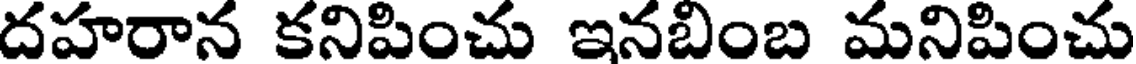
దహరాన కనిపించు ఇనబింబ మనిపించు